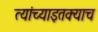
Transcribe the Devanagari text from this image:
त्यांच्याइतक्याच